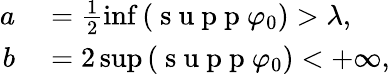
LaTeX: \begin{array}{rl}{a}&{{}=\frac{1}{2}\operatorname*{inf}\left(\mathrm{~s~u~p~p~}\varphi_{0}\right)>\lambda,}\\ {b}&{{}=2\operatorname*{sup}\left(\mathrm{~s~u~p~p~}\varphi_{0}\right)<+\infty,}\end{array}